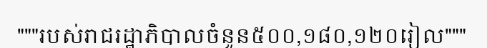
"""របស់រាជរដ្ឋាភិបាលចំនួន៥០០,១៨០,១២០រៀល"""